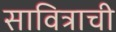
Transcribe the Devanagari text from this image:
सावित्राची